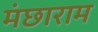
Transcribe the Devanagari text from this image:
मंछाराम